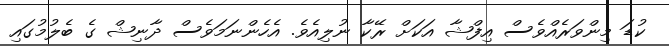
ކުޑަ މިންވަރެއްވެސް އިފްޝާ އަކަށް ރޭކާ ނުލިއެވެ. އެހެންނަމަވެސް ދާނިޝް ގެ ބެލުމުގައި